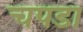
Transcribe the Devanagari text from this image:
चपडा